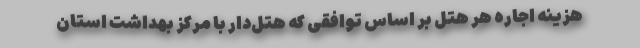
هزینه اجاره هر هتل بر اساس توافقی که هتل‌دار با مرکز بهداشت استان